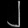
Digit: ၂